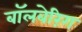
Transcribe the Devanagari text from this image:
बॉलबेरिंग